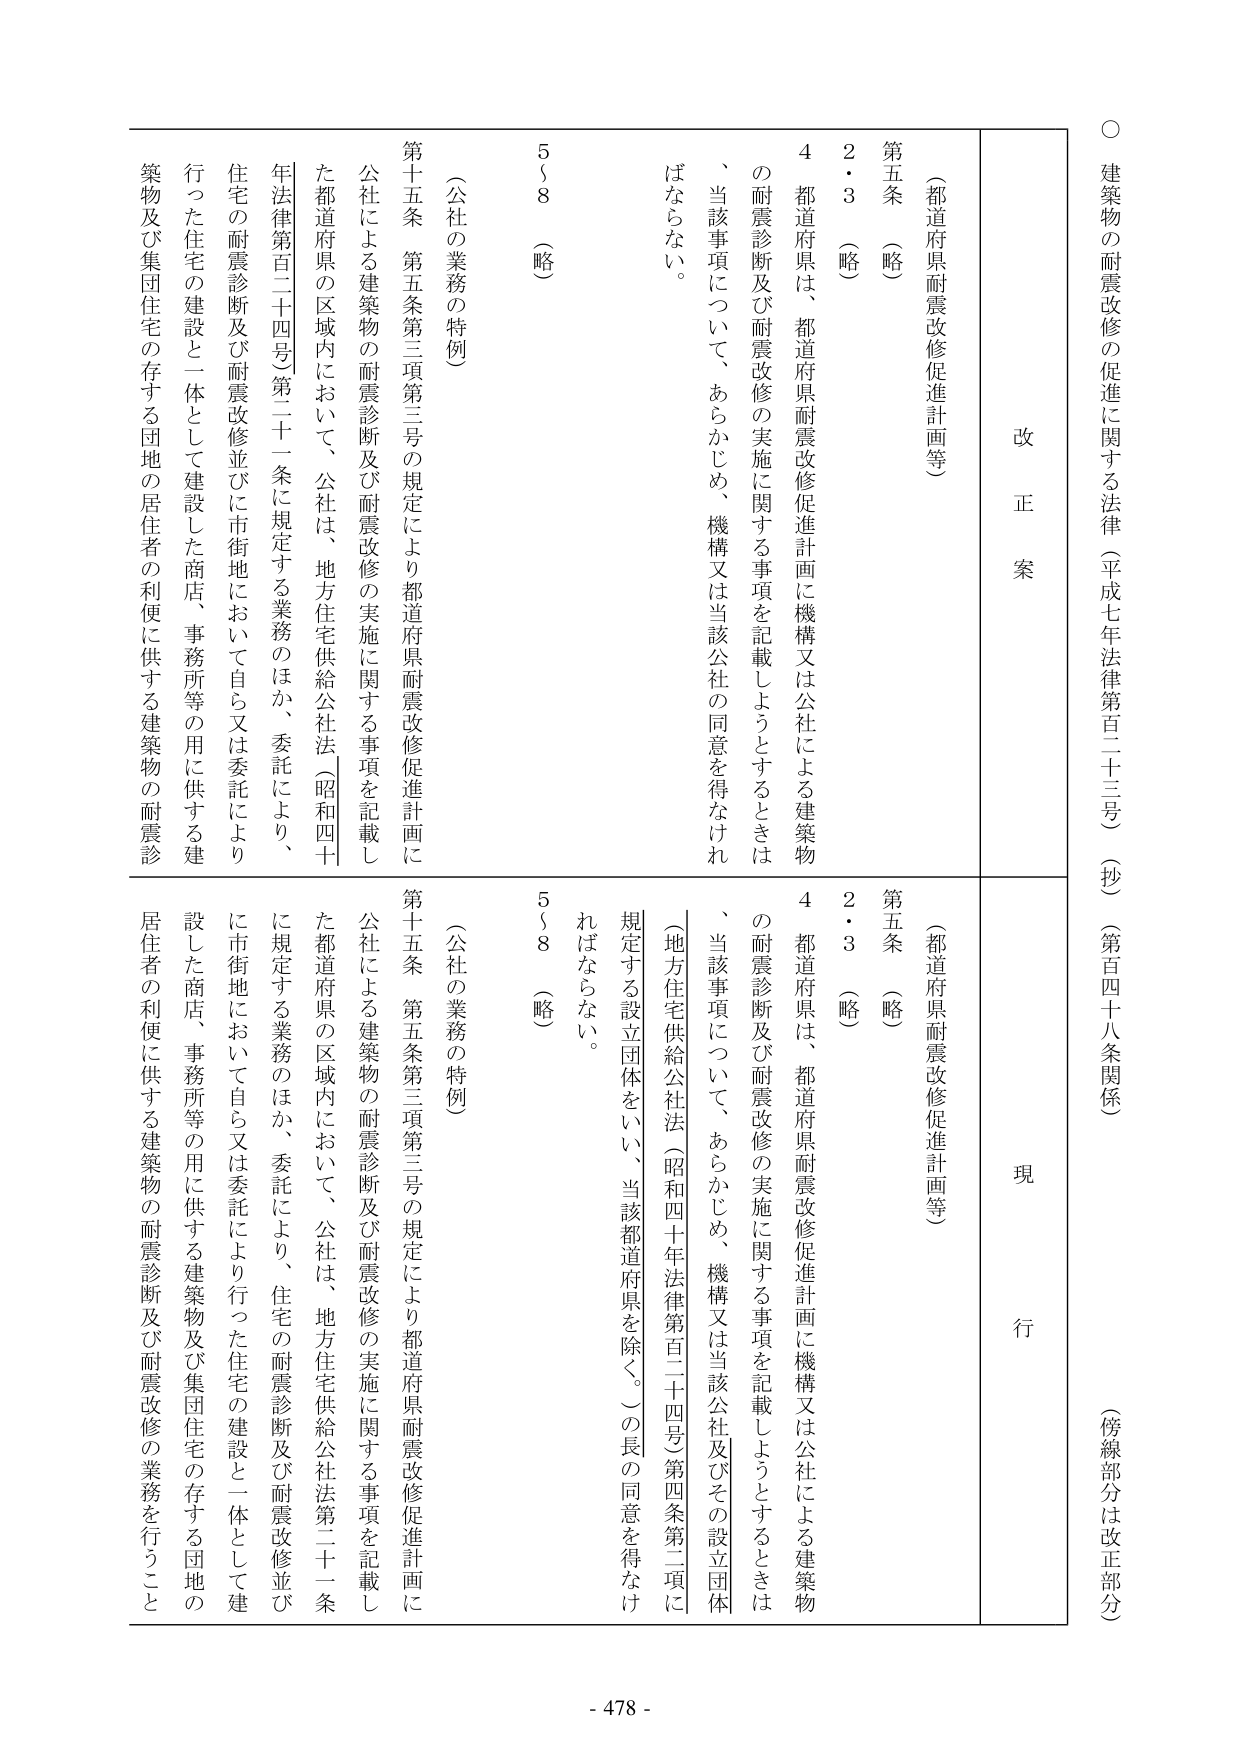
○ 建築物の耐震改修の促進に関する法律（平成七年法律第百二十三号）（抄）（第百四十八条関係）（傍線部分は改正部分）

改正案

（都道府県耐震改修促進計画等）

第五条 （略）

２・３ （略）

４ 都道府県は、都道府県耐震改修促進計画に機構又は公社による建築物の耐震診断及び耐震改修の実施に関する事項を記載しようとするときは、当該事項について、あらかじめ、機構又は当該公社の同意を得なければならない。

（公社の業務の特例）

第十五条 第五条第三項第三号の規定により都道府県耐震改修促進計画に公社による建築物の耐震診断及び耐震改修の実施に関する事項を記載した都道府県の区域内において、公社は、地方住宅供給公社法（昭和四十年法律第百二十四号）第二十一条に規定する業務のほか、委託により、住宅の耐震診断及び耐震改修並びに市街地において自ら又は委託により行った住宅の建設と一体として建設した商店、事務所等の用に供する建築物及び集団住宅の存する団地の居住者の利便に供する建築物の耐震診断及び耐震改修の業務を行うこと。

現行

（都道府県耐震改修促進計画等）

第五条 （略）

２・３ （略）

４ 都道府県は、都道府県耐震改修促進計画に機構又は公社による建築物の耐震診断及び耐震改修の実施に関する事項を記載しようとするときは、当該事項について、あらかじめ、機構又は当該公社及びその設立団体（地方住宅供給公社法（昭和四十年法律第百二十四号）第四条第二項に規定する設立団体をいい、当該都道府県を除く。）の長の同意を得なければならない。

（公社の業務の特例）

第十五条 第五条第三項第三号の規定により都道府県耐震改修促進計画に公社による建築物の耐震診断及び耐震改修の実施に関する事項を記載した都道府県の区域内において、公社は、地方住宅供給公社法第二十一条に規定する業務のほか、委託により、住宅の耐震診断及び耐震改修並びに市街地において自ら又は委託により行った住宅の建設と一体として建設した商店、事務所等の用に供する建築物及び集団住宅の存する団地の居住者の利便に供する建築物の耐震診断及び耐震改修の業務を行うこと。

5～8 （略）

- 478 -